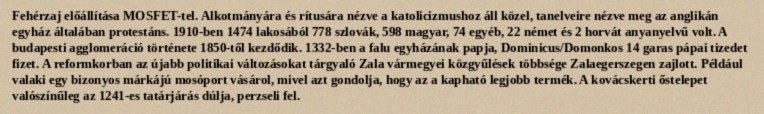
Fehérzaj előállítása MOSFET-tel. Alkotmányára és rítusára nézve a katolicizmushoz áll közel, tanelveire nézve meg az anglikán egyház általában protestáns. 1910-ben 1474 lakosából 778 szlovák, 598 magyar, 74 egyéb, 22 német és 2 horvát anyanyelvű volt. A budapesti agglomeráció története 1850-től kezdődik. 1332-ben a falu egyházának papja, Dominicus/Domonkos 14 garas pápai tizedet fizet. A reformkorban az újabb politikai változásokat tárgyaló Zala vármegyei közgyűlések többsége Zalaegerszegen zajlott. Például valaki egy bizonyos márkájú mosóport vásárol, mivel azt gondolja, hogy az a kapható legjobb termék. A kovácskerti őstelepet valószínűleg az 1241-es tatárjárás dúlja, perzseli fel.